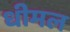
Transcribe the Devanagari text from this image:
धीमल